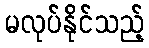
မလုပ်နိုင်သည့်